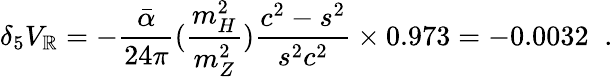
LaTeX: \delta_{5}V_{\mathbb{R}}=-\frac{{\bar{{\alpha}}}}{{24\pi}}(\frac{{m_{H}^{2}}}{{m_{Z}^{2}}})\frac{{c^{2}-s^{2}}}{{s^{2}c^{2}}}\times0.973=-0.0032\; \; .